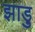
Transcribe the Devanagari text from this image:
झाड़ु